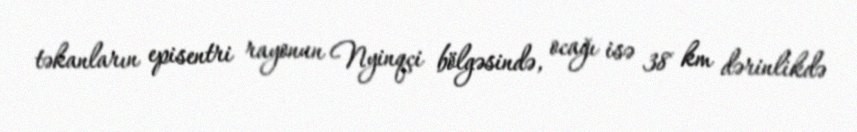
təkanların episentri rayonun Nyinqçi bölgəsində, ocağı isə 38 km dərinlikdə